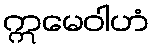
ဣမေဝါဟံ